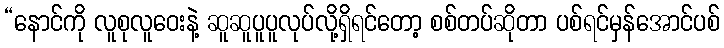
“နောင်ကို လူစုလူဝေးနဲ့ ဆူဆူပူပူလုပ်လို့ရှိရင်တော့ စစ်တပ်ဆိုတာ ပစ်ရင်မှန်အောင်ပစ်